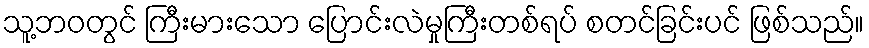
သူ့ဘဝတွင် ကြီးမားသော ပြောင်းလဲမှုကြီးတစ်ရပ် စတင်ခြင်းပင် ဖြစ်သည်။